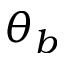
\theta _ { b }